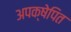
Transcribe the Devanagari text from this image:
अपक्षेपित